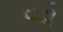
વડો